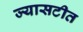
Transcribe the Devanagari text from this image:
ज्यासटीत